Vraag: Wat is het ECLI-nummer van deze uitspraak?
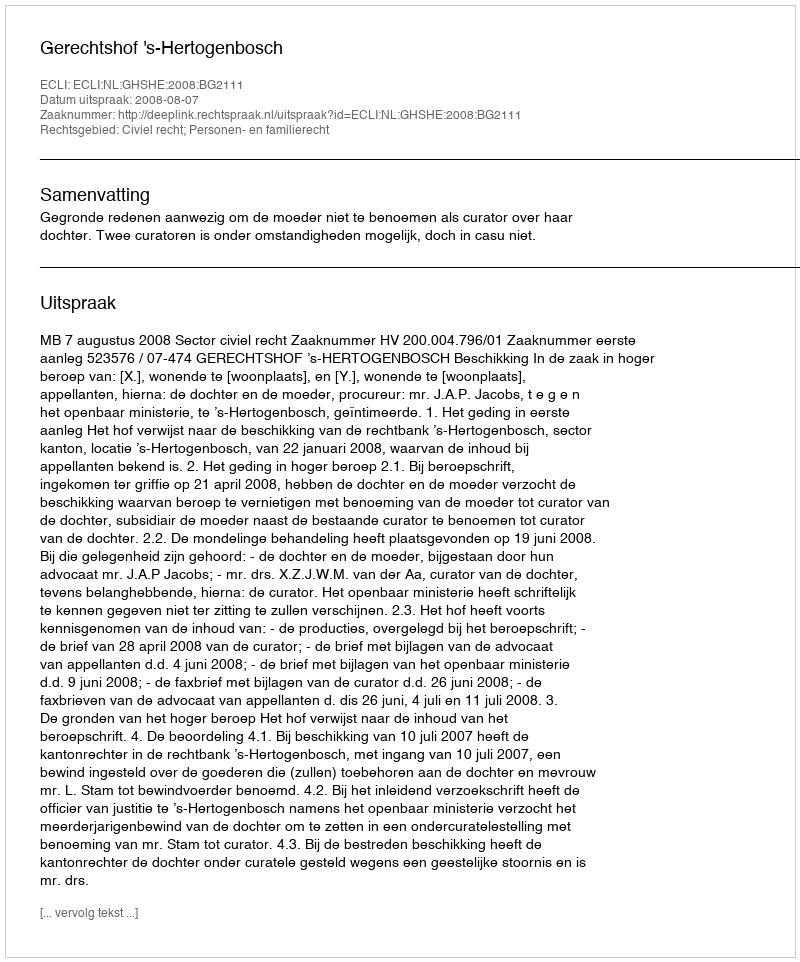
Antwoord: ECLI:NL:GHSHE:2008:BG2111